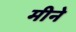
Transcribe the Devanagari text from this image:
मीने